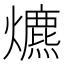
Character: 爊